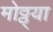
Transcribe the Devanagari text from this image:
मोठ्ठ्या